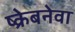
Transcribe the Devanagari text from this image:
ष्क्रेबनेवा